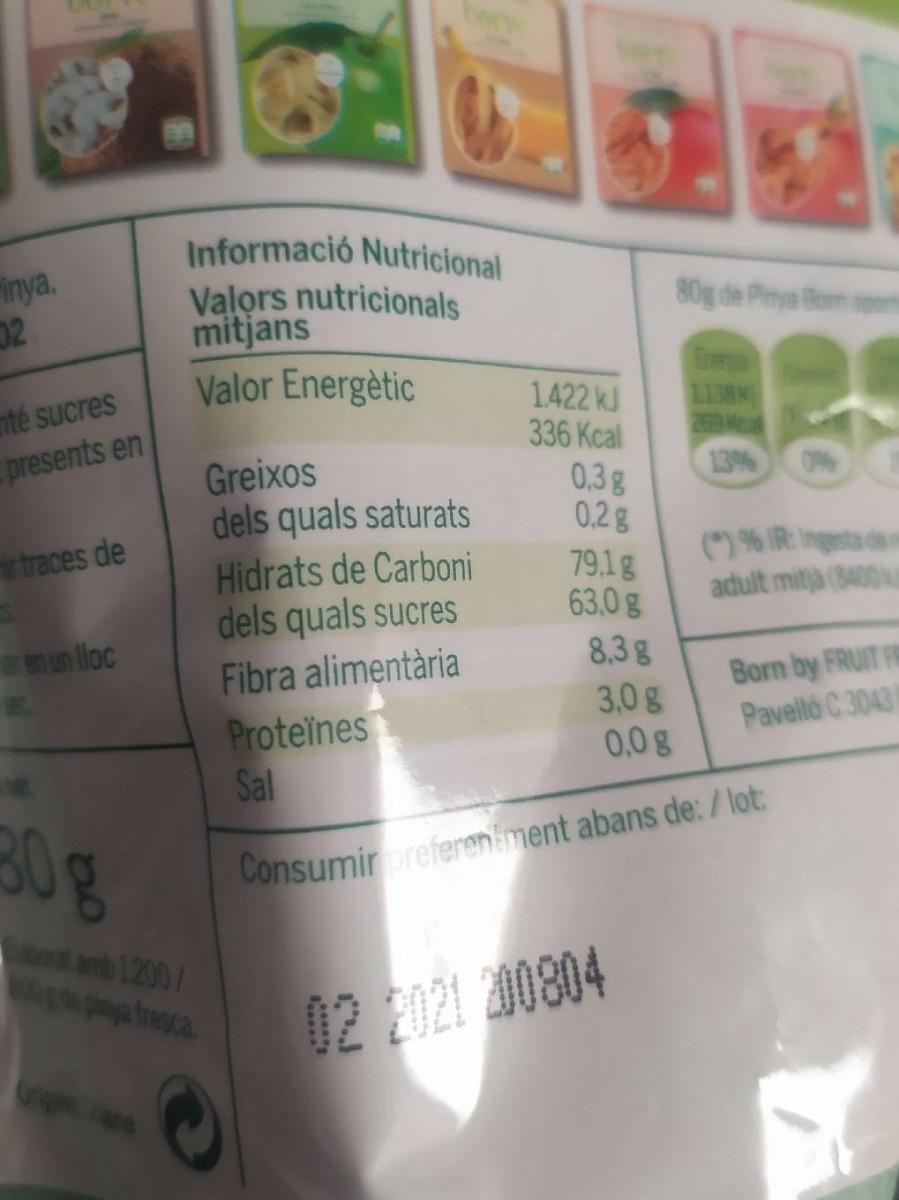
Informació Nutricional Valors nutricionals mitjans Valor Energètic
inya. 02
80g de Pimya Bom t
1.422 kJ 336 Kcal
Ever 1138K 269 Mea 13% O%
nté sucres
presents en
Greixos dels quals saturats Hidrats de Carboni dels quals sucres Fibra alimentària Proteïnes Sal
0.3g 0.2g 79.1g 63,0g
(") % IR: Ingesta dem adult mitja (8400
traces de
en un lloc
8,3g 3,0g 0,0g
Born by FRUIT FR Pavelló C 3043
30g
Consumirorefereniment abans de: / lot:
t amb 1200/ pinya fresca.
02 2021 00804